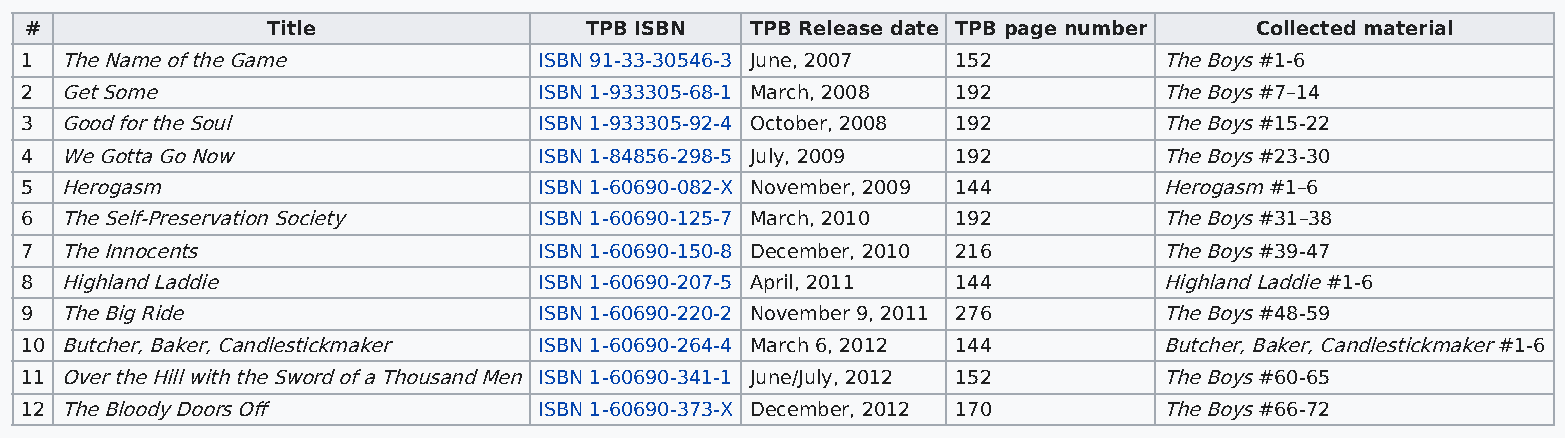
#               Title                TPB ISBN   TPB Release date TPB page number Collected material
 1  The Name of the Game            ISBN 91-33-30546-3 June, 2007 152        The Boys #1-6
 2  Get Some                        ISBN 1-933305-68-1 March, 2008 192       The Boys #7–14
 3  Good for the Soul               ISBN 1-933305-92-4 October, 2008 192     The Boys #15-22
 4  We Gotta Go Now                 ISBN 1-84856-298-5 July, 2009 192        The Boys #23-30
 5  Herogasm                        ISBN 1-60690-082-X November, 2009 144    Herogasm #1–6
 6  The Self-Preservation Society   ISBN 1-60690-125-7 March, 2010 192       The Boys #31–38
 7  The Innocents                   ISBN 1-60690-150-8 December, 2010 216    The Boys #39-47
 8  Highland Laddie                 ISBN 1-60690-207-5 April, 2011 144       Highland Laddie #1-6
 9  The Big Ride                    ISBN 1-60690-220-2 November 9, 2011 276  The Boys #48-59
 10 Butcher, Baker, Candlestickmaker ISBN 1-60690-264-4 March 6, 2012 144    Butcher, Baker, Candlestickmaker #1-6
 11 Over the Hill with the Sword of a Thousand Men ISBN 1-60690-341-1 June/July, 2012 152 The Boys #60-65
 12 The Bloody Doors Off            ISBN 1-60690-373-X December, 2012 170    The Boys #66-72